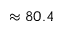
\approx 8 0 . 4